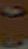
20